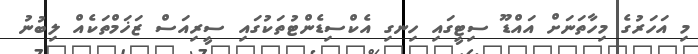
މި އަހަރުގެ މިހާތަނަށް އައްޑޫ ސިޓީގައި ހިނގި އެކްސިޑެންޓުތަކުގައި ސީރިއަސް ޒަޚަމްތަކެއް ލިބުނު